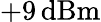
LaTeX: +9\, \mathrm{dBm}